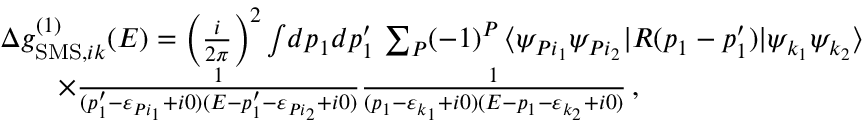
\begin{array} { r l } & { \Delta g _ { \mathrm { S M S } , i k } ^ { ( 1 ) } ( E ) = \left( \frac { i } { 2 \pi } \right) ^ { 2 } \int \! d p _ { 1 } d p _ { 1 } ^ { \prime } \, \sum _ { P } ( - 1 ) ^ { P } \, \langle \psi _ { P i _ { 1 } } \psi _ { P i _ { 2 } } | R ( p _ { 1 } - p _ { 1 } ^ { \prime } ) | \psi _ { k _ { 1 } } \psi _ { k _ { 2 } } \rangle } \\ & { \qquad \times \frac { 1 } { ( p _ { 1 } ^ { \prime } - \varepsilon _ { P i _ { 1 } } + i 0 ) ( E - p _ { 1 } ^ { \prime } - \varepsilon _ { P i _ { 2 } } + i 0 ) } \frac { 1 } { ( p _ { 1 } - \varepsilon _ { k _ { 1 } } + i 0 ) ( E - p _ { 1 } - \varepsilon _ { k _ { 2 } } + i 0 ) } \, , } \end{array}